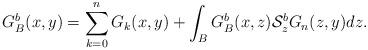
LaTeX: \begin{align*}G_{B}^{b}(x,y)=\sum_{k=0}^{n}G_{k}(x,y)+\int_{B}G^{b}_{B}(x,z)\mathcal{S}^{b}_{z}G_{n}(z,y)dz.\end{align*}